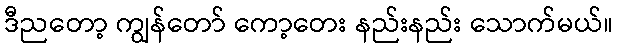
ဒီညတော့ ကျွန်တော် ကော့တေး နည်းနည်း သောက်မယ်။